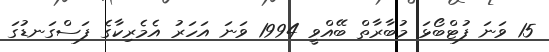
15 ވަނަ ފުޓްބޯޅަ މުބާރާތް ބޭއްވީ 1994 ވަނަ އަހަރު އެމެރިކާގެ ފަސްގަނޑުގަ